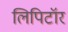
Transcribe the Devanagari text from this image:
लिपिटॉर